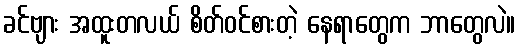
ခင်ဗျား အထူးတလယ် စိတ်ဝင်စားတဲ့ နေရာတွေက ဘာတွေလဲ။